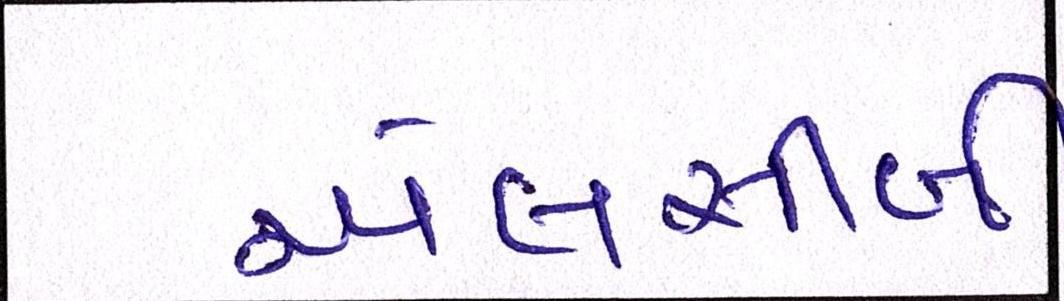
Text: એલસીબી